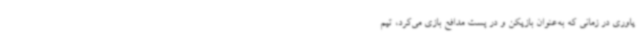
یاوری در زمانی که به‌عنوان بازیکن و در پست مدافع بازی می‌کرد، تیم